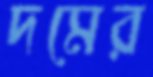
দমের